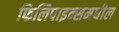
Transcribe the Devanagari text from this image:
फिलिपाइन्समधील